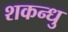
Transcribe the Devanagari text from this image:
शकन्धु